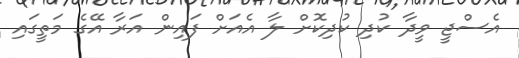
އެސްޖީ ވީދާ ކުދި ކުދިކޮށް ލާ އެއަށް ފައިން އަރާ އޭގެ މަތީގައި